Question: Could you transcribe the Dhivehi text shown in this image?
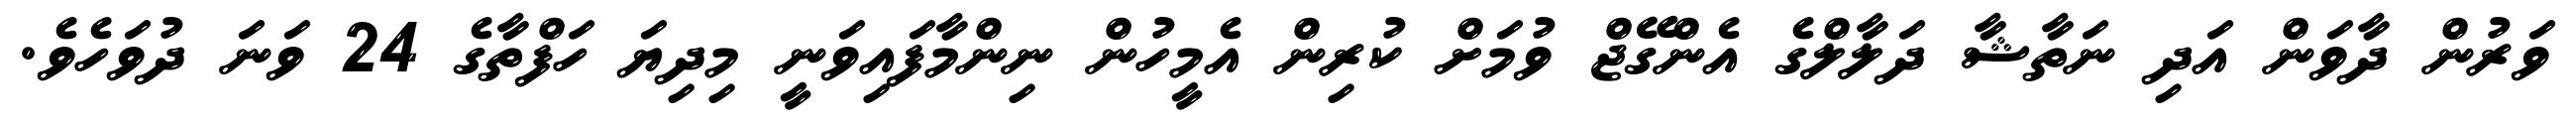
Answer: ވަރުން ދާވަން އަދި ނަތާޝާ ދަލާލްގެ އެންގޭޖް ވުމަށް ކުރިން އެމީހުން ނިންމާފައިވަނީ މިދިޔަ ހަފްތާގެ 24 ވަނަ ދުވަހެވެ.